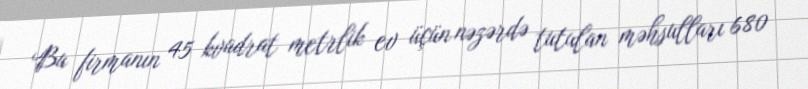
Bu firmanın 45 kvadrat metrlik ev üçün nəzərdə tutulan məhsulları 680